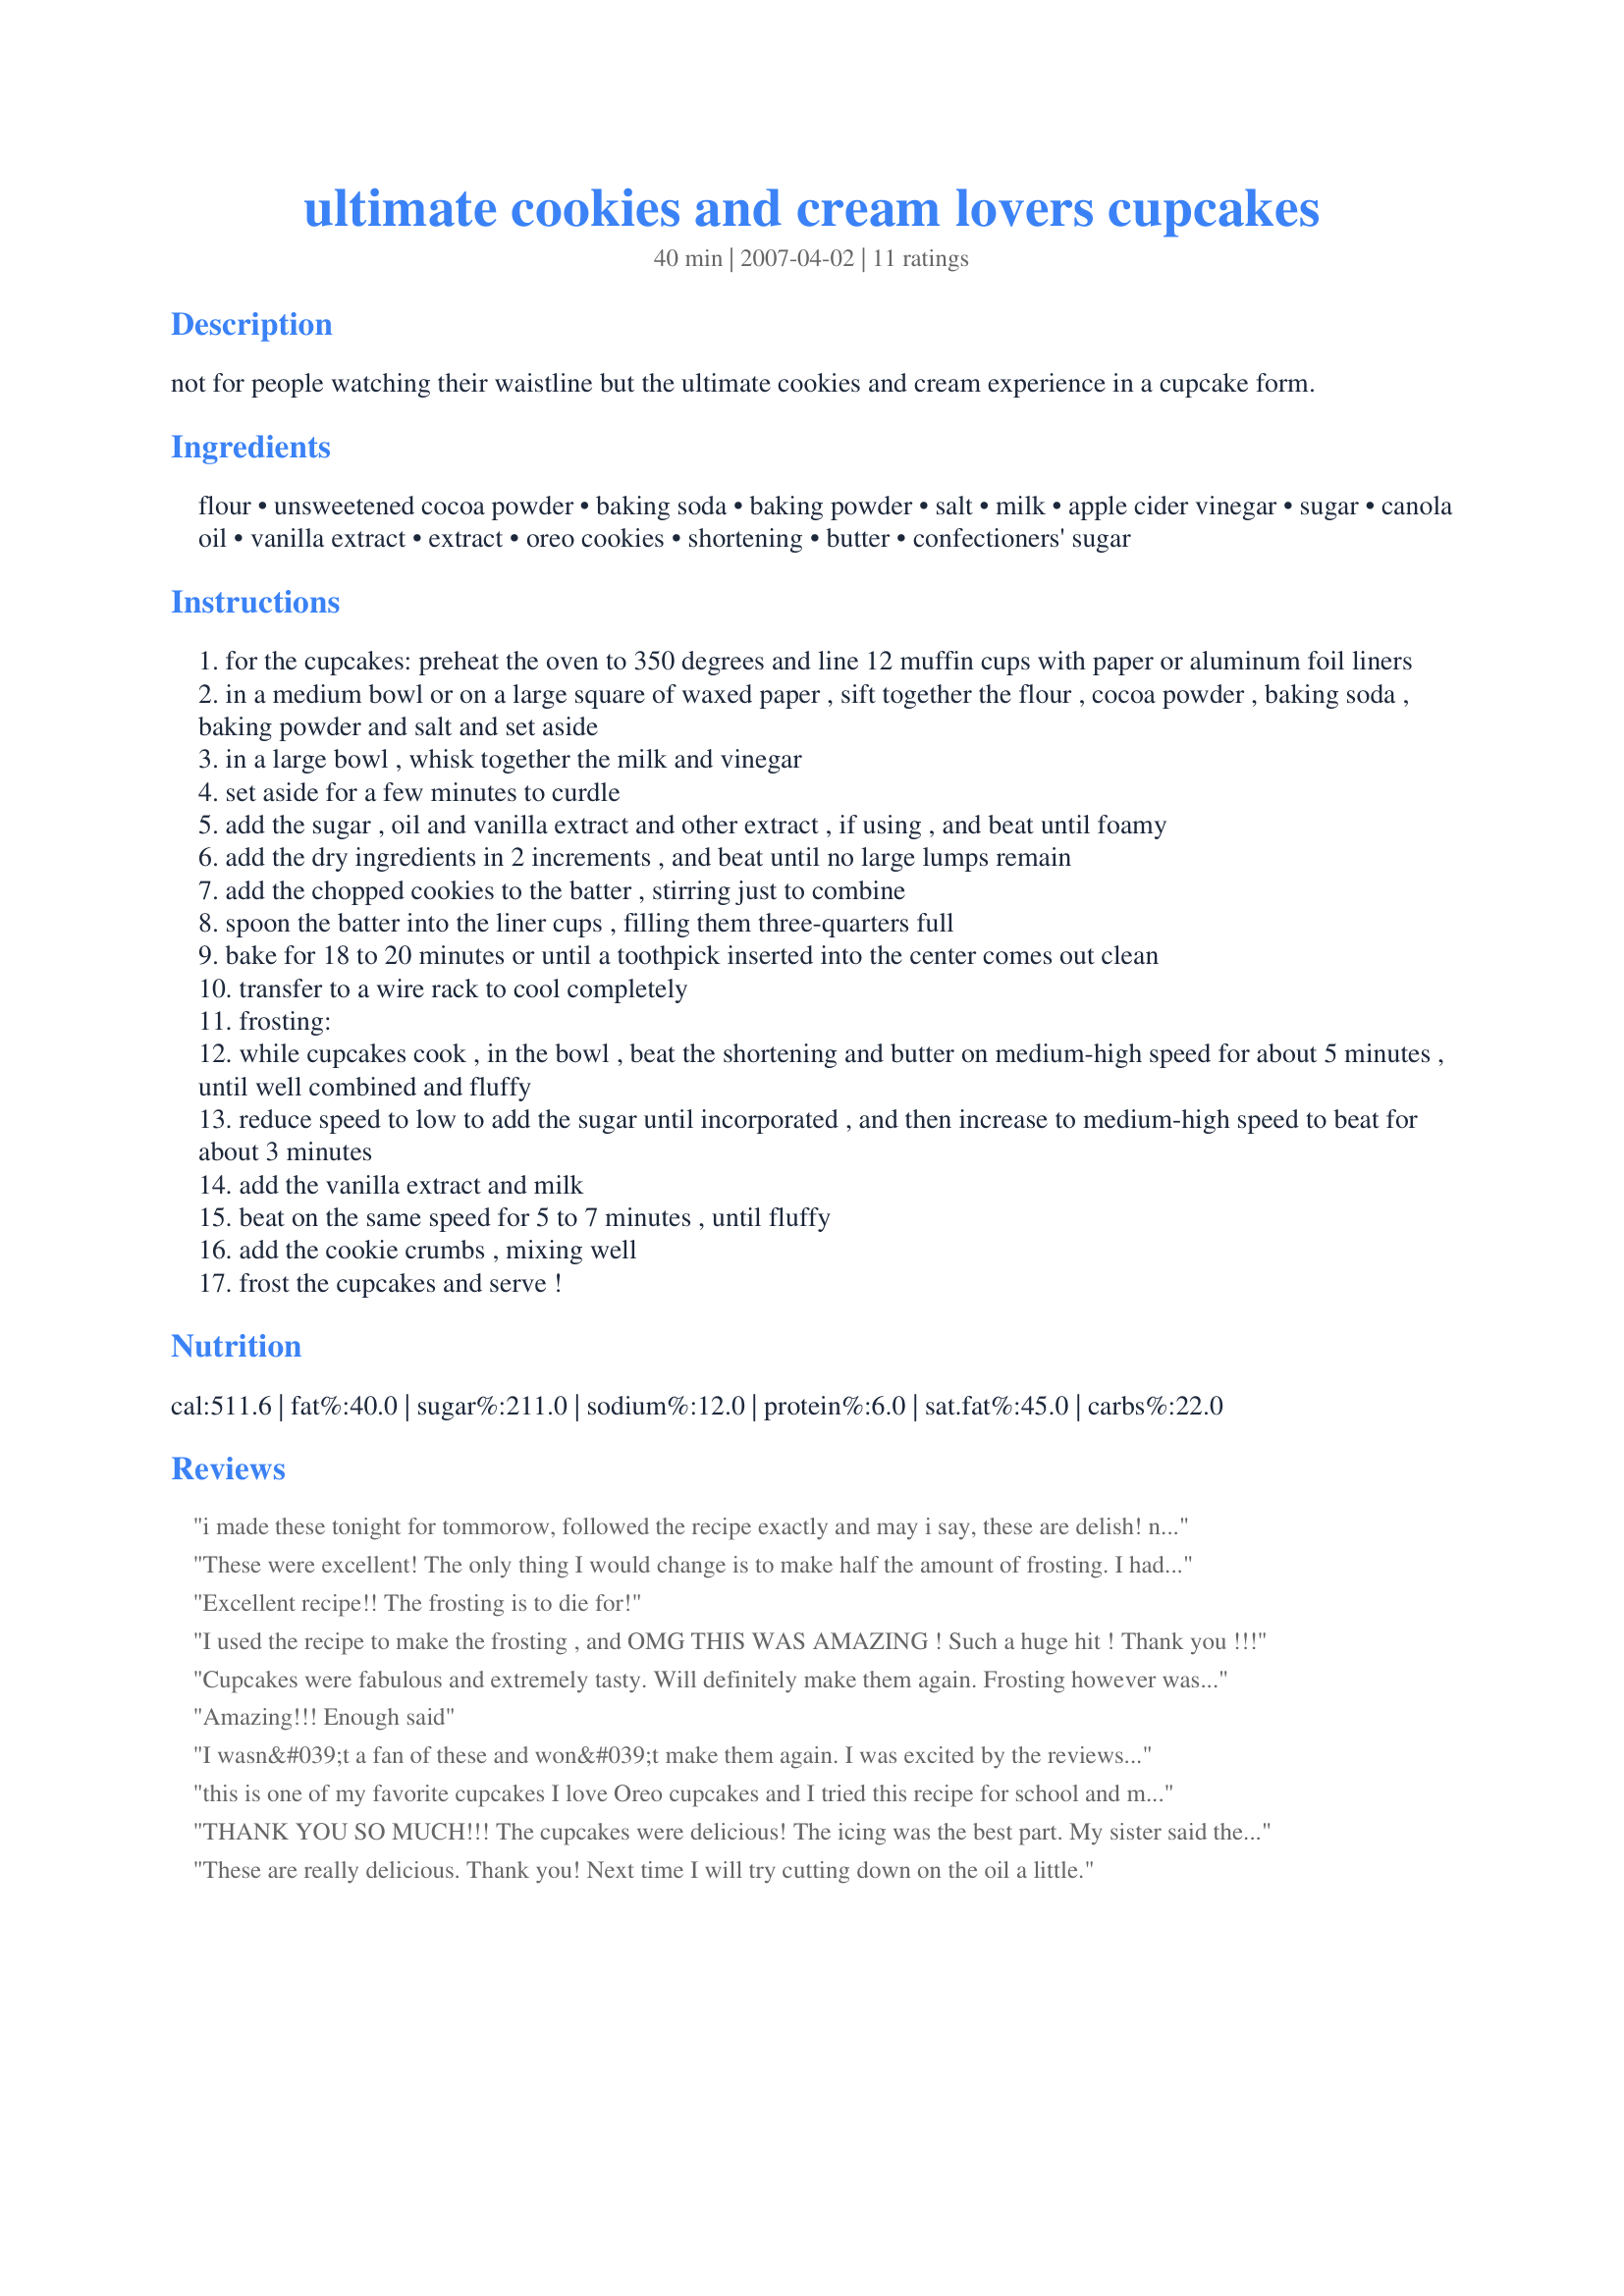
ultimate cookies and cream lovers cupcakes
Preparation time: 40 minutes

not for people watching their waistline but the ultimate cookies and cream experience in a cupcake form.

Ingredients:
flour, unsweetened cocoa powder, baking soda, baking powder, salt, milk, apple cider vinegar, sugar, canola oil, vanilla extract, extract, oreo cookies, shortening, butter, confectioners' sugar

Steps:
for the cupcakes: preheat the oven to 350 degrees and line 12 muffin cups with paper or aluminum foil liners
in a medium bowl or on a large square of waxed paper , sift together the flour , cocoa powder , baking soda , baking powder and salt and set aside
in a large bowl , whisk together the milk and vinegar
set aside for a few minutes to curdle
add the sugar , oil and vanilla extract and other extract , if using , and beat until foamy
add the dry ingredients in 2 increments , and beat until no large lumps remain
add the chopped cookies to the batter , stirring just to combine
spoon the batter into the liner cups , filling them three-quarters full
bake for 18 to 20 minutes or until a toothpick inserted into the center comes out clean
transfer to a wire rack to cool completely
frosting:
while cupcakes cook , in the bowl , beat the shortening and butter on medium-high speed for about 5 minutes , until well combined and fluffy
reduce speed to low to add the sugar until incorporated , and then increase to medium-high speed to beat for about 3 minutes
add the vanilla extract and milk
beat on the same speed for 5 to 7 minutes , until fluffy
add the cookie crumbs , mixing well
frost the cupcakes and serve !

Reviews:
i made these tonight for tommorow, followed the recipe exactly and may i say, these are delish! not too rich or too sweet, alittle bit of a mess was made in to process of making them.. which i now get to go clean up.. but its worth it 5 star recipie , will definatly make again! pictures tommorow
These were excellent! The only thing I would change is to make half the amount of frosting. I had a ton leftover for my cupcakes.
Excellent recipe!! The frosting is to die for!
I used the recipe to make the frosting , and OMG THIS WAS AMAZING ! Such a huge hit ! Thank you !!!
Cupcakes were fabulous and extremely tasty. Will definitely make them again. Frosting however was completely useless. I followed the recipe completely and it turned out very thin. Unable to frost the cupcakes. Will definitely use a different frosting recipe next time.
Amazing!!! Enough said
I wasn&#039;t a fan of these and won&#039;t make them again. I was excited by the reviews, but the frosting had the cheap, taste and texture of that found on cakes from Wal-mart, Sam&#039;s Club or your local supermarket. I assume this is because of all the shortening used as opposed to a traditional buttercream. FYI...As some people have stated, I actually doubled the batter but not the frosting and still had frosting left over.
this is one of my favorite cupcakes I love Oreo cupcakes and I tried this recipe for school and my students loved it thank you for this recipe :)
THANK YOU SO MUCH!!! The cupcakes were delicious! The icing was the best part. My sister said the icing tasted like OREO ICE CREAM!!! I highly recommend it for any occation! :]
These are really delicious. Thank you! Next time I will try cutting down on the oil a little.
Delicious! My family thanks you!
